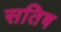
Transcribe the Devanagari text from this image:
सतिष